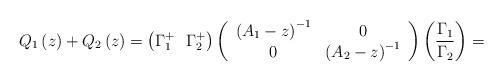
LaTeX: \begin{align*}Q_{1}\left( z \right)+Q_{2}\left( z \right)=\left( \Gamma_{1}^{+}\thinspace \thinspace \thinspace \thinspace \Gamma_{2}^{+} \right)\left( {\begin{array}{*{20}c}\left( A_{1}-z \right)^{-1} & 0\\0 & \left( A_{2}-z \right)^{-1}\\\end{array} } \right)\left( \frac{\Gamma_{1}}{\Gamma_{2}} \right)=\end{align*}